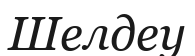
Шелдеу